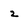
Character: 2